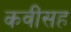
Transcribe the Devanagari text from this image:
कवींसह